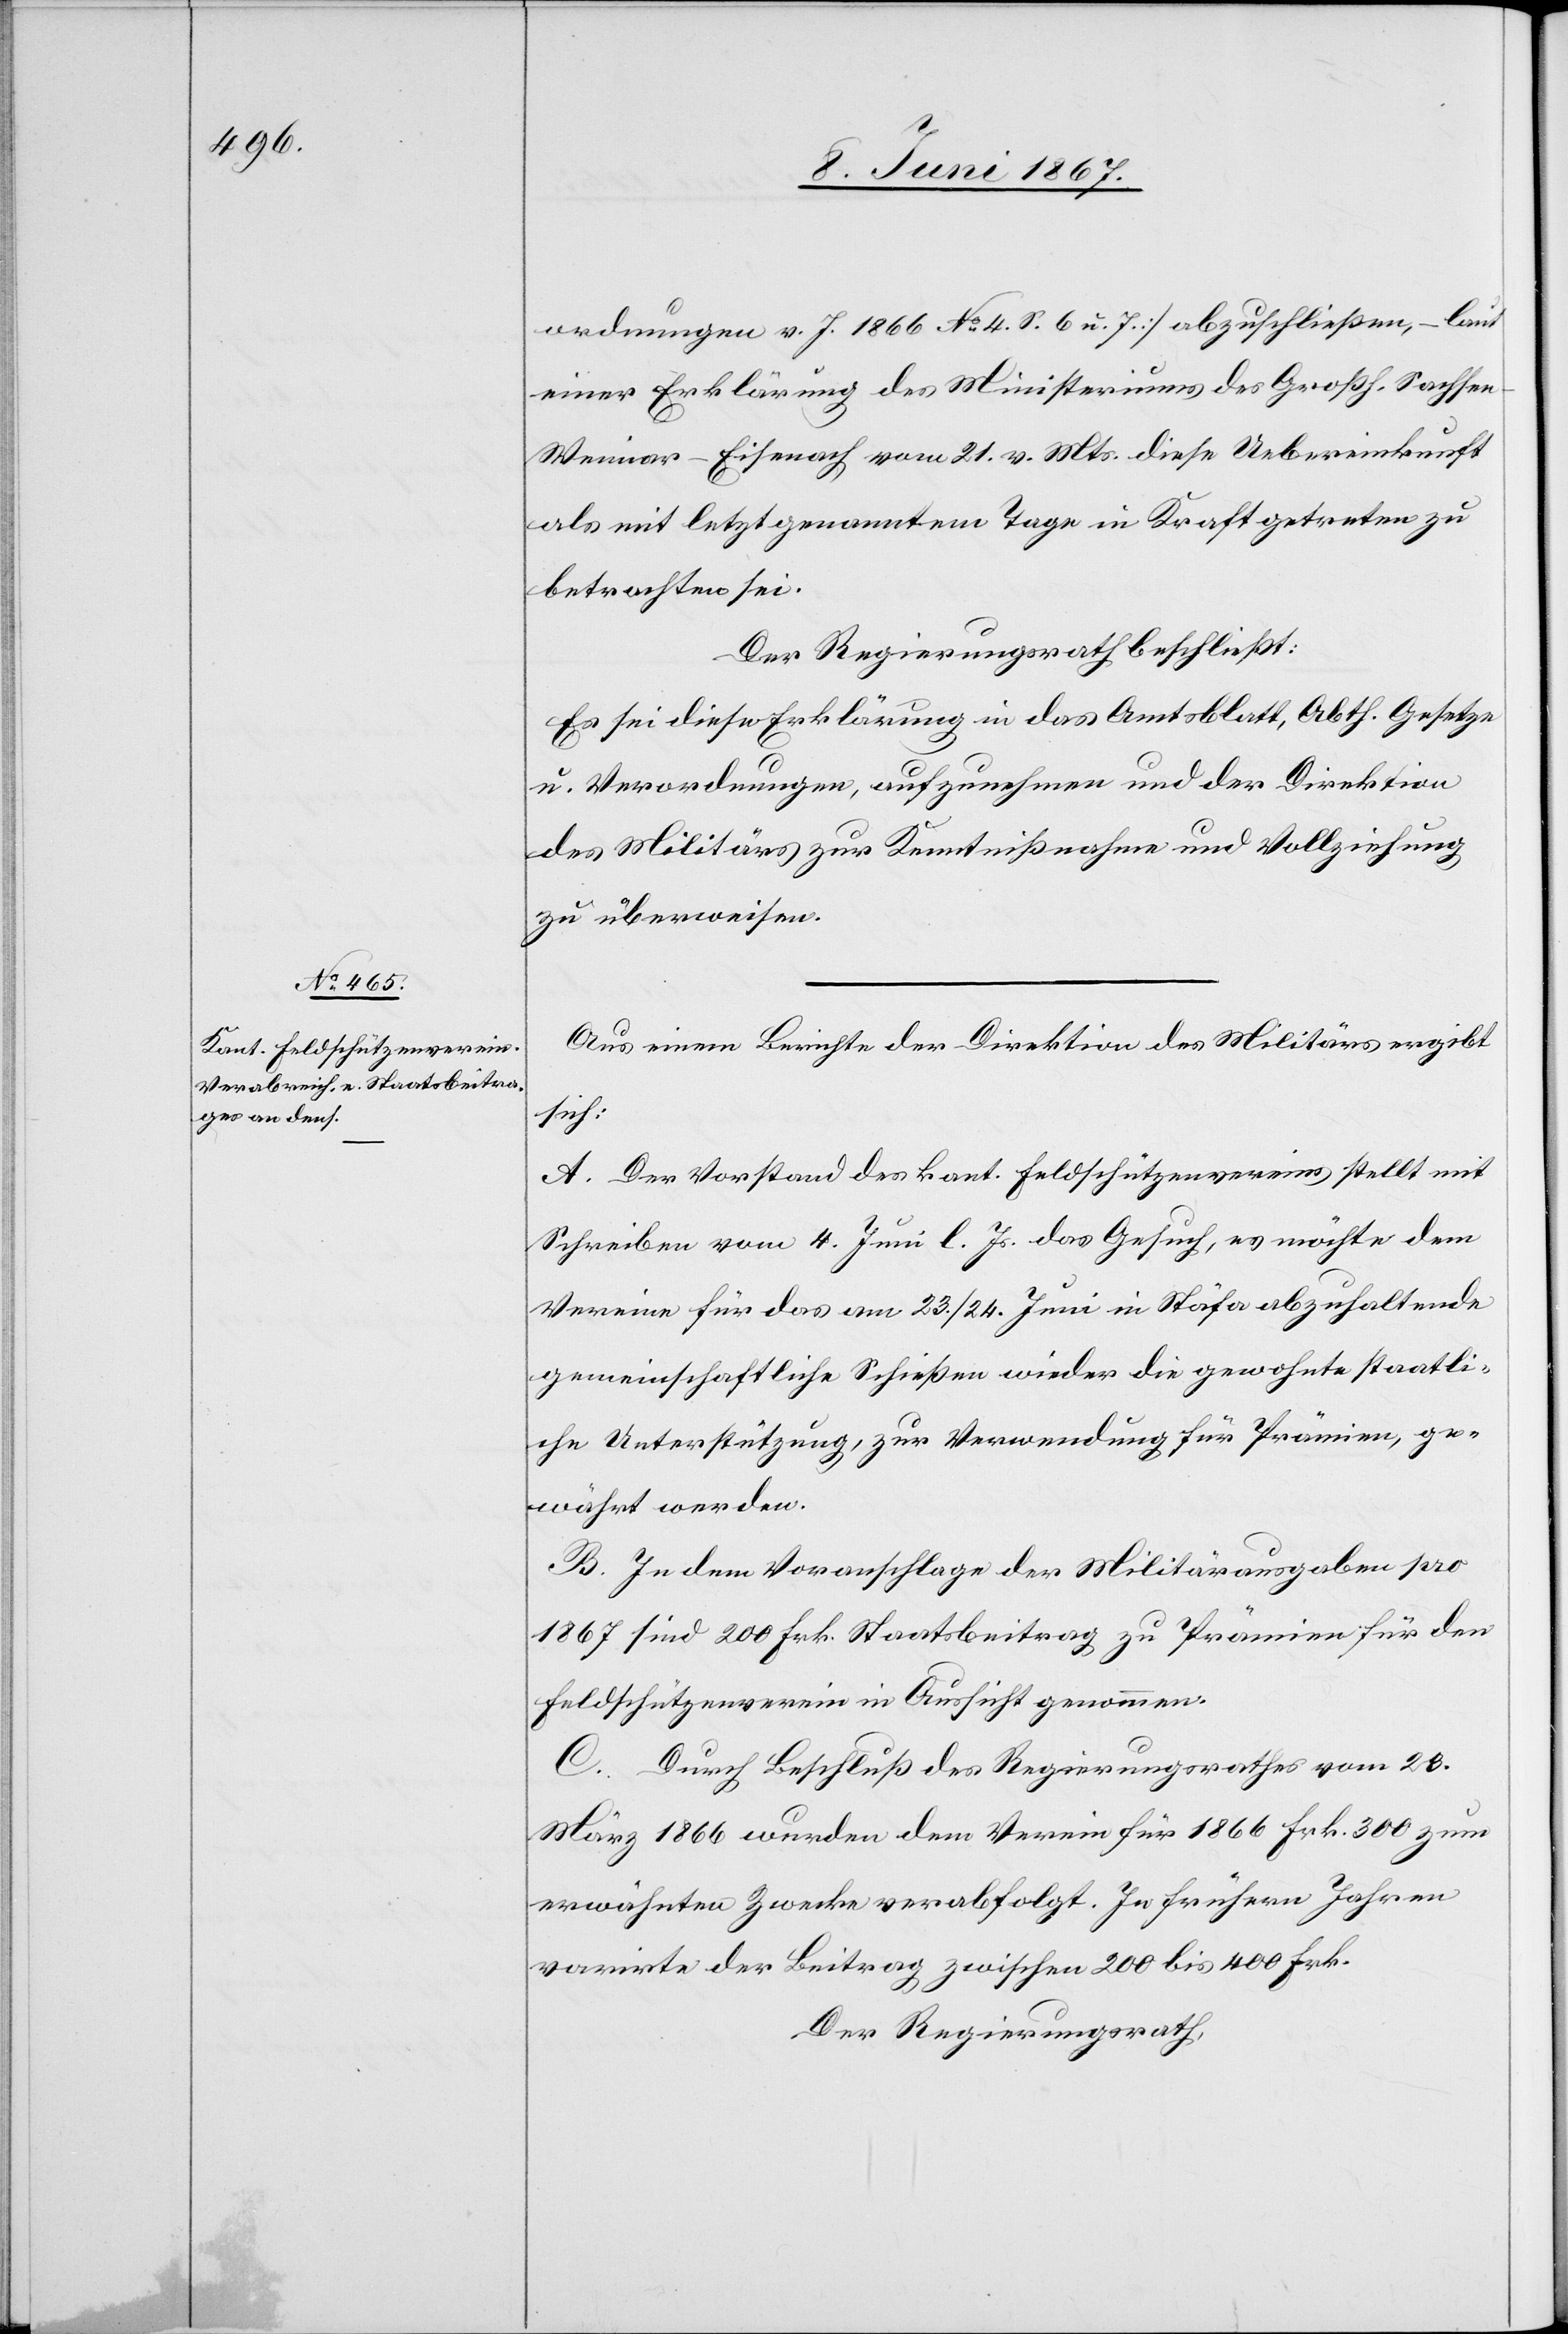
ordnungen v. J. 1866 No. 4 S. 6 u. 7] abzuschließen, – laut
einer Erklärung des Ministeriums des Großh. Sachse¬
n-Weimar-Eisenach vom 21. v. Mts. diese Uebereinkunft
als mit letztgenanntem Tage in Kraft getreten zu
betrachten sei.
Der Regierungsrath beschließt:
Es sei diese Erklärung in das Amtsblatt, Abth. Gesetze
u. Verordnungen, aufzunehmen und der Direktion
des Militärs zur Kenntnißnahme und Vollziehung
zu überweisen.
Aus einem Berichte der Direktion des Militärs ergibt
sich:
A. Der Vorstand des kant. Feldschützenvereins stellt mit
Schreiben vom 4. Juni l. Js. das Gesuch, es möchte dem
Vereine für das am 23. / 24. Juni in Stäfa abzuhaltende
gemeinschaftliche Schießen wieder die gewohnte staatli¬
che Unterstützung, zur Verwendung für Prämien, ge¬
währt werden.
B. In dem Voranschlage der Militärausgaben pro
1867 sind 200 Frk. Staatsbeitrag zu Prämien für den
Feldschützenverein in Aussicht genommen.
C. Durch Beschluß des Regierungsrathes vom 28.
März 1866 wurden dem Verein für 1866 Frk. 300 zum
erwähnten Zwecke verabfolgt. In frühern Jahren
varirte der Beitrag zwischen 200 bis 400 Frk.
Der Regierungsrath,